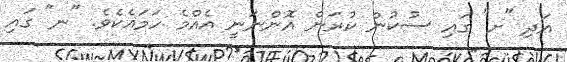
އަދި "ށ" ގައި ސުކުން ކުރަން އޮންނަނީ އެއްމެ ހަމައެކެވެ. "ނ" ގައި